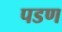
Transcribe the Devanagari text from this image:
पडण